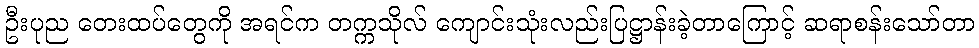
ဦးပုည တေးထပ်တွေကို အရင်က တက္ကသိုလ် ကျောင်းသုံးလည်းပြဋ္ဌာန်းခဲ့တာကြောင့် ဆရာစန်းသော်တာ